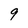
Character: 9